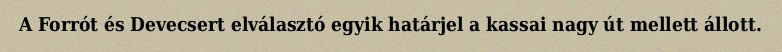
A Forrót és Devecsert elválasztó egyik határjel a kassai nagy út mellett állott.